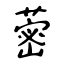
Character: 蔤